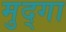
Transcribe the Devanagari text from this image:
मुद्गा